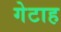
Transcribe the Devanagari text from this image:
गेटाह